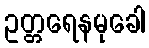
ဥတ္တရေနမုခေါ